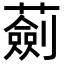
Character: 𧁴